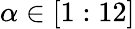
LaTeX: \alpha\in[1:12]